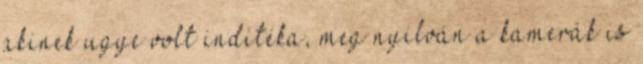
akinek ugye volt indítéka, meg nyilván a kamerák is